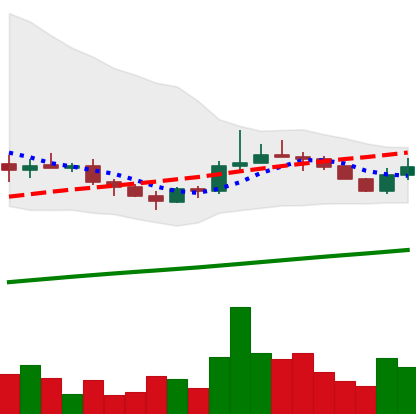
Ticker: LINK-USD
Chart end date: 2019-08-11
Forward return: -3.127%
Label: down_3_5